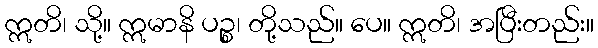
ဣတိ၊ သို့။ ဣမာနိ ပဉ္စ၊ တို့သည်။ ပေ။ ဣတိ၊ အပြီးတည်း။